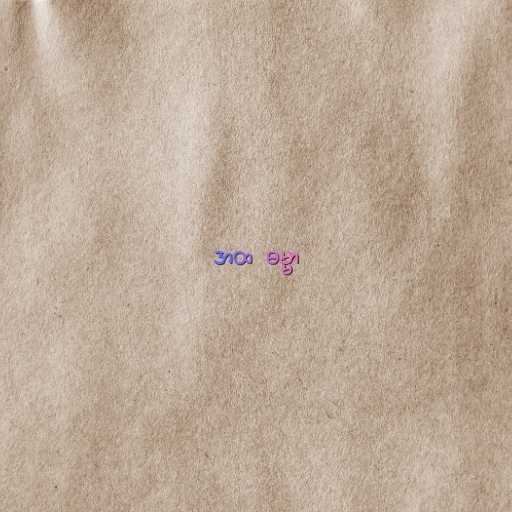
အထ  ဓမ္မာ